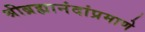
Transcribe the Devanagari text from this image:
श्रीब्रह्मानंदांप्रमाणे